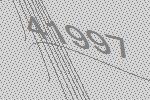
41997